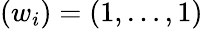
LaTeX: (w_{i})=(1,\dots,1)